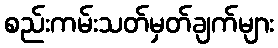
စည်းကမ်းသတ်မှတ်ချက်များ